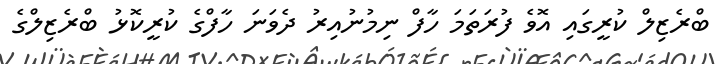
ބްރެޒިލް ކުރީގައި އޮވެ ފުރަތަމަ ހާފް ނިމުނުއިރު ދެވަނަ ހާފްގެ ކުރީކޮޅު ބްރެޒިލްގެ